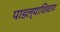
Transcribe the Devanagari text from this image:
पाडल्याशिवाय